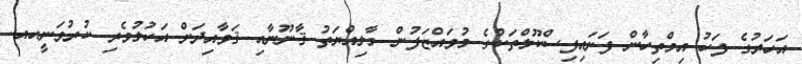
އަހަރުގެ ފަހު އިމްތިހާން ފަށައިފިސްކޫލްތަކުގެ މުވައްޒަފުން މާލިއްޔަތު ޤާނޫނާއި ޤަވާއިދަށް އަހުލުވެރި ކުރުވަނީހއ.